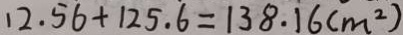
1 2 . 5 6 + 1 2 5 . 6 = 1 3 8 . 1 6 ( m ^ { 2 } )